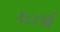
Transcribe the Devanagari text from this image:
१८८६ई